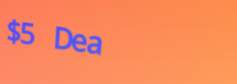
$5 Deal